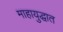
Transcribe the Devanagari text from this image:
माहायुद्धात